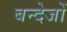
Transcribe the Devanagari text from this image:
बन्देजों